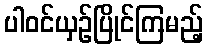
ပါဝင်ယှဉ်ပြိုင်ကြမည့်